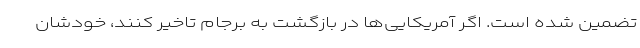
تضمین شده است. اگر آمریکایی‌ها در بازگشت به برجام تاخیر کنند، خودشان